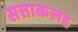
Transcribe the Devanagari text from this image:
सत्ताकलह